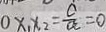
0 x _ { 1 } x _ { 2 } = \frac { C } { a } = 0